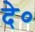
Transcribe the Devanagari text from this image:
दे०